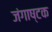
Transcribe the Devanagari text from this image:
जंगाष्टक